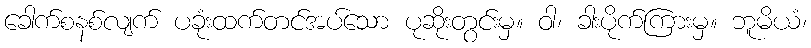
ခေါက်စနစ်လျက် ပခုံးထက်တင်အပ်သော ပုဆိုးတွင်းမှ။ ဝါ၊ ခါးပိုက်ကြားမှ။ ဘူမိယံ၊